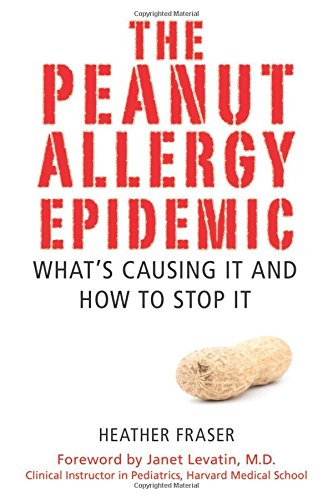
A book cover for The Peanut Allergy Epidemic: What's Causing It and How to Stop It; Heather Fraser; Health, Fitness & Dieting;